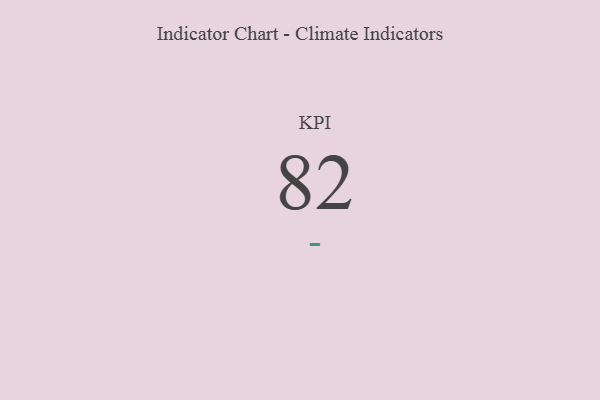
{"axis": {"x": "KPI", "y": "Value"}, "legend": [""], "data": [{"x": "KPI", "y": 82, "type": ""}]}